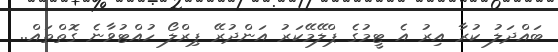
ބައްދަލު ކުރާ އިރު އެ ޓީމުގެ ޕްލޭމޭކަރު އަންދުރޭ ޕިރްލޯ ހުއްޓުވާނެ ގޮތްތައް..